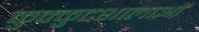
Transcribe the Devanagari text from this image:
कुक्कुटशालाओं